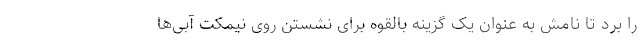
را برد تا نامش به عنوان یک گزینه بالقوه برای نشستن روی نیمکت آبی‌ها